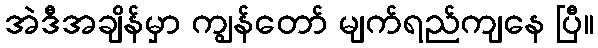
အဲဒီအချိန်မှာ ကျွန်တော် မျက်ရည်ကျနေ ပြီ။